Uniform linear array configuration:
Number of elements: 24
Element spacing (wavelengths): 0.5
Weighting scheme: exponential
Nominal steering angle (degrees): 30
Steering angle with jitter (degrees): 29.292
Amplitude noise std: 0.05
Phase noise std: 0.05

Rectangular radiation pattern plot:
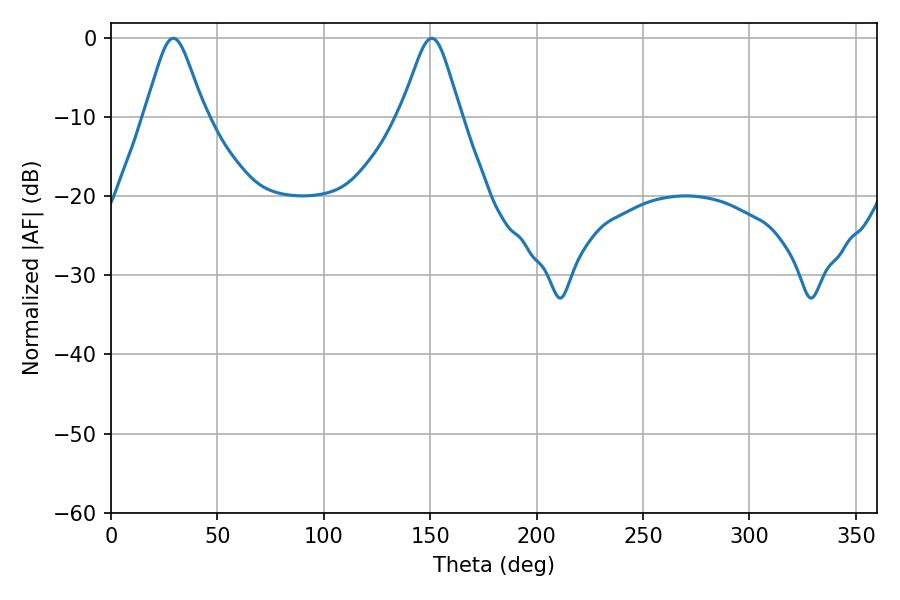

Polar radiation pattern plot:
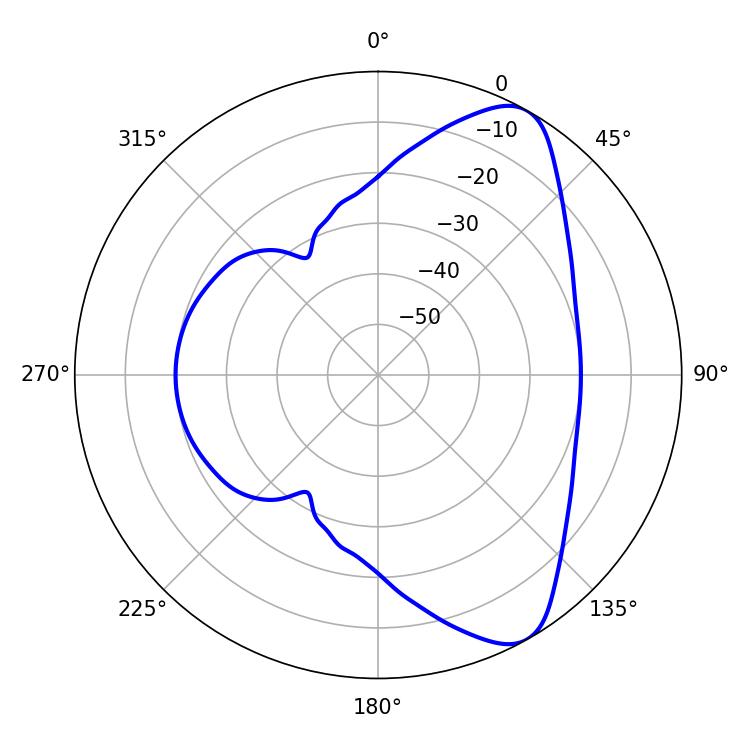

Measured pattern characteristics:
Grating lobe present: FALSE
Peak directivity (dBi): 8.366
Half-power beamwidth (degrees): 13.5
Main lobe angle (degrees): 29.34